Annual report on the working of the mental hospitals in the Madras Presidency - 1912-1932
Year: 1912
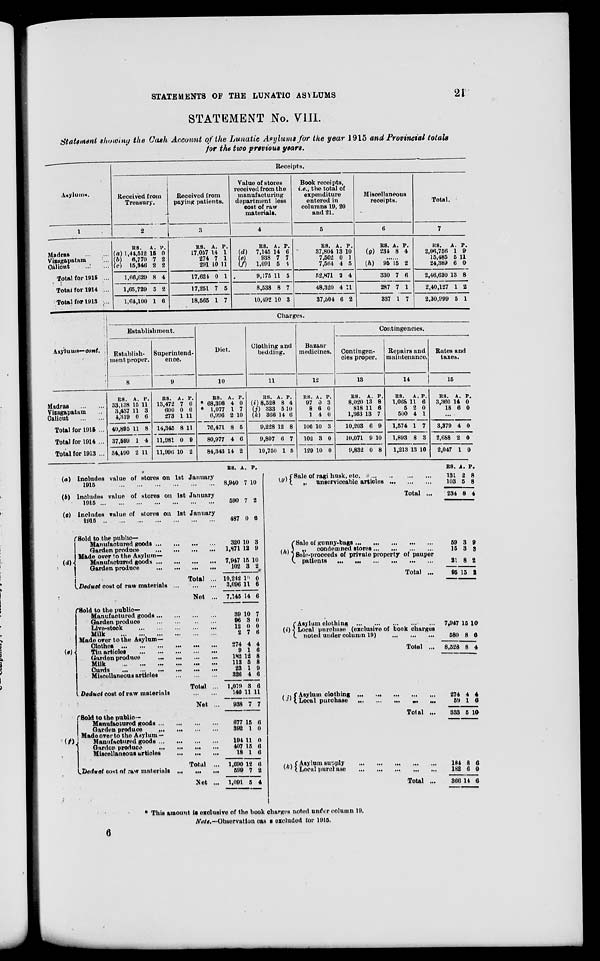
STATEMENTS OF THE LUNATIC ASYLUMS
21
STATEMENT No. VIII.
Statement showing the Cash Account of the Lunatic Asylums for the year 1915 and Provincial totals
for the two previous years.
Asylums.
1
Madras
...
...
Vizagapatam ...
Calicut
...
...
Total for 1915 ...
Total for 1914 ...
Total for 1913 ...
Receipts.
Received from
Treasury.
2
RS.
(a) 1,44,512
(b)
6,770
(c) 15,346
1,66,629
1,65,729
1,64,100
A.
15
7
2
8
5
1
P.
0
2
2
4
2
6
Received from
paying patients.
3
RS.
17,057
274
291
17,624
17,251
18,565
A.
14
7
10
0
7
1
P.
1
1
11
1
5
7
Value of stores
received from the
manufacturing
department less
cost of raw
materials.
4
RS.
(d)
7,145
(e)
938
(f)
1,091
9,175
8,538
10,492
A.
14
7
5
11
8
10
P.
6
7
4
5
7
3
Book receipts,
i.e., the total of
expenditure
entered in
columns 19, 20
and 21.
5
RS.
37,804
7,502
7,564
52,871
48,320
37,504
A.
13
0
4
2
4
6
P.
10
1
5
4
11
2
Miscellaneous
receipts.
6
RS.
(g) 234
A.
8
P.
4
......
(h)
95
330
287
337
15
7
7
1
2
6
1
7
Total.
7
RS.
2,06,756
15,485
24,389
2,46,630
2,40,127
2,30,999
A.
1
5
6
13
1
5
P.
9
11
0
8
2
1
Asylums—cont.
Madras
...
...
Vizagapatam ...
Calicut
...
...
Total for 1915 ...
Total for 1914 ...
Total for 1913 ...
Charges.
Establishment.
Establish-
ment proper.
8
RS.
33,138
3,437
4,319
40,895
37,599
34,490
A.
15
11
0
11
1
2
P.
11
3
6
8
4
11
Superintend-
ence.
9
RS.
13,472
600
273
14,345
11,981
11,996
A.
7
0
1
8
0
10
P.
0
0
11
11
9
2
Diet.
10
RS.
* 68,398
* 1,077
6,996
76,471
80,977
84,343
A.
4
1
2
8
4
14
P.
0
7
10
5
6
2
Clothing and
bedding.
11
RS.
(i) 8,528
(j) 333
(k) 366
9,228
9,807
10,750
A.
8
5
14
12
6
1
P.
4
10
6
8
7
5
Bazaar
medicines.
12
RS.
97
8
1
106
102
129
A.
0
6
4
10
3
10
P.
3
0
0
3
0
0
Contingencies.
Contingen-
cies proper.
13
RS.
8,020
818
1,363
10,203
10,071
9,832
A.
13
11
13
6
9
0
P.
8
6
7
9
10
8
Repairs and
maintenance.
14
RS.
1,068
5
500
1,574
1,893
1,213
A.
11
2
4
1
8
13
P.
6
0
1
7
3
10
Rates and
taxes.
15
RS.
3,360
18
A.
14
6
P.
0
0
...
3,379
2,688
2,047
4
2
1
0
0
0
(a)
(b)
(c)
(d)
Includes value of stores on 1st January
1915
...
...
...
...
...
...
Includes value of stores on 1st January
1915
...
...
...
...
...
...
...
Includes value of stores on 1st January
1915
...
...
...
...
...
...
...
Sold to the public—
Manufactured goods
...
...
...
...
Garden produce
...
...
...
...
Made over to the Asylum—
Manufactured goods
...
...
...
...
Garden produce
...
...
...
...
Total ...
Deduct cost of raw materials
...
...
...
Net ...
Sold to the public—
Manufactured goods
...
...
...
...
Garden produce
...
...
...
...
Live-stock
...
...
...
...
...
Milk
...
...
...
...
...
...
Made over to the Asylum—
Clothes ... ... ... ... ... ...
Tin
articles
...
...
...
...
...
Garden produce
...
...
...
...
Milk ... ... ... ... ... ...
Curds ... ... ... ... ... ...
Miscellaneous articles
...
...
...
Total ...
Deduct cost of raw materials
...
...
Net ...
Sold to the public—
Manufactured goods
...
...
...
...
Garden produce
...
...
...
...
Made over to the Asylum —
Manufactured goods
...
...
...
...
Garden produce
...
...
...
...
Miscellaneous articles ... ... ...
Total ...
Deduct cost of raw materials ...
...
...
Net ...
RS.
8,940
590
487
320
1,871
7,947
102
10,242
3,096
7,145
39
96
12
2
274
9
182
113
23
326
1,079
140
938
677
392
194
407
18
1,690
599
1,091
A.
7
7
0
10
12
15
3
10
11
14
10
3
0
7
4
1
12
5
1
4
3
11
7
15
1
11
15
1
12
7
5
P.
10
2
6
3
9
10
2
0
6
6
7
0
0
6
4
6
8
8
9
6
6
11
7
6
0
0
6
6
6
2
4
(g)
Sale of ragi husk,
etc.
...
...
...
...
„
unserviceable articles
...
...
...
Total ...
(h)
Sale of gunny-bags
...
...
...
...
...
„
condemned stores
...
...
...
...
Sale-proceeds of private property of pauper
patients
...
...
...
...
...
...
Total ...
(i)
Asylum clothing
...
...
...
...
...
Local purchase (exclusive of book charges
noted under column 19)
...
...
...
Total ...
(j) Asylum clothing ... ... ... ... ...
Local purchase
...
...
...
...
...
Total ...
(k)
Asylum supply
...
...
...
...
...
Local purchase
...
...
...
...
...
Total ...
RS.
131
103
234
59
15
21
95
7,947
580
8,528
274
59
333
184
182
366
A.
2
5
8
3
3
8
15
15
8
8
4
1
5
8
6
14
P.
8
8
4
9
3
2
2
10
6
4
4
6
10
6
0
6
* This amount is exclusive of the book charges noted under column 19.
Note.—Observation cases excluded for 1915.
6